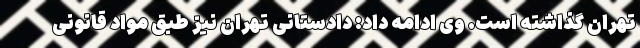
تهران گذاشته است. وی ادامه داد: دادستانی تهران نیز طبق مواد قانونی